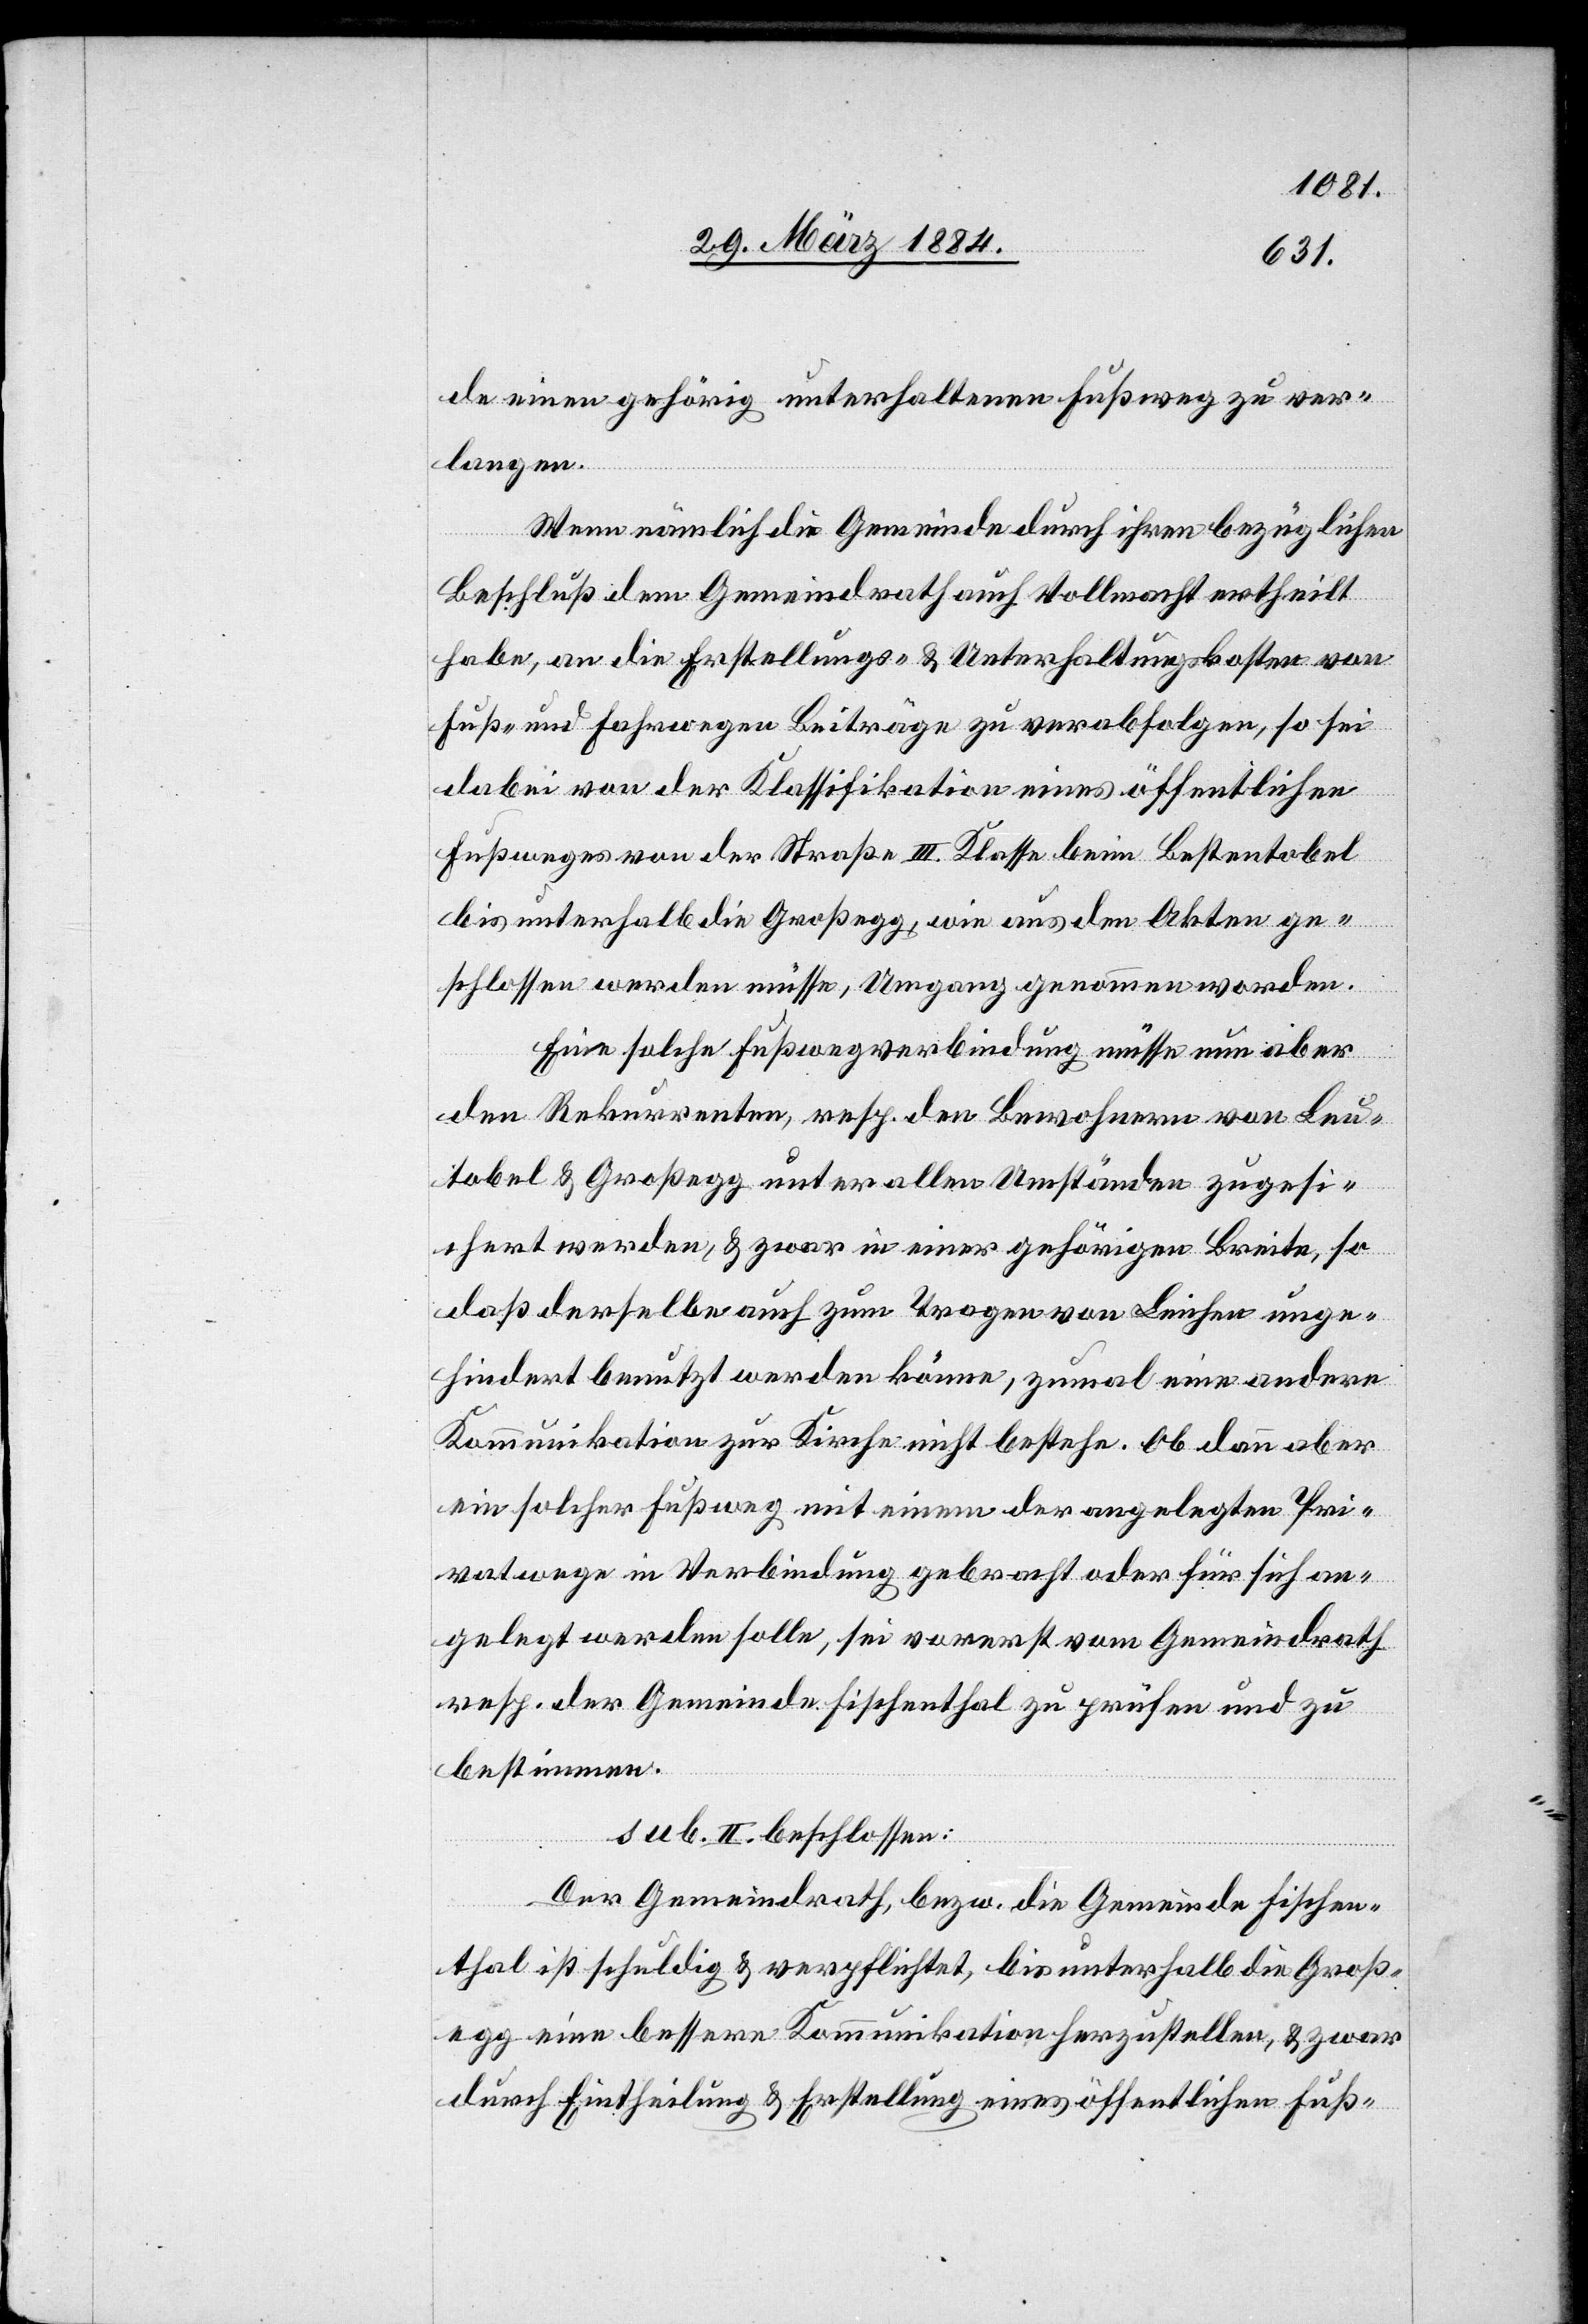
de einen gehörig unterhaltenen Fußweg zu ver¬
langen.
Wenn nämlich die Gemeinde durch ihren bezüglichen
Beschluß dem Gemeindrath auch Vollmacht ertheilt
habe, an die Erstellungs- & Unterhaltungskosten von
Fuß- und Fahrwegen Beiträge zu verabfolgen, so sei
dabei von der Klassifikation eines öffentlichen
Fußweges von der Straße III. Klasse beim Bestentobel
bis unterhalb die Großegg, wie aus den Akten ge¬
schlossen werden müsse, Umgang genommen worden.
Eine solche Fußwegverbindung müsse nun aber
den Rekurrenten, resp. den Bewohnern von Leu¬
tobel & Großegg unter allen Umständen zugesi¬
chert werden, & zwar in einer gehörigen Breite, so
daß derselbe auch zum Tragen von Leichen unge¬
hindert benutzt werden könne, zumal eine andere
Kommunikation zur Kirche nicht bestehe. Ob dann aber
ein solcher Fußweg mit einem der angelegten Pri¬
vatwege in Verbindung gebracht oder für sich an¬
gelegt werden solle, sei vorerst vom Gemeindrath
resp. der Gemeinde Fischenthal zu prüfen und zu
bestimmen.
Sub II. beschlossen:
Der Gemeindrath, bzw. die Gemeinde Fischen¬
thal ist schuldig & verpflichtet, bis unterhalb die Groß¬
egg eine bessere Kommunikation herzustellen, & zwar
durch Eintheilung & Erstellung eines öffentlichen Fuß-